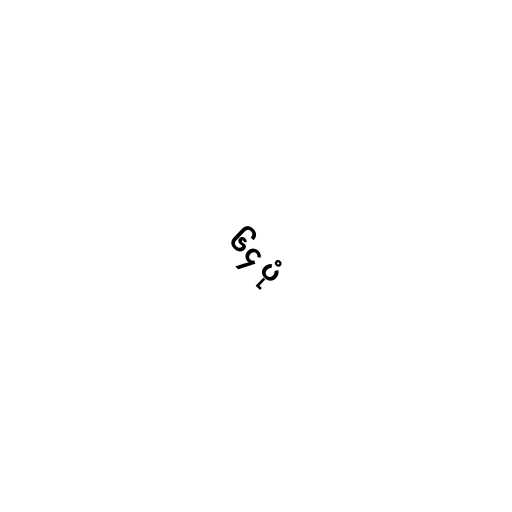
၆၄ ပုံ